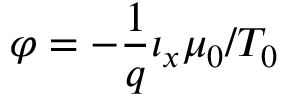
\varphi = - \frac 1 q \iota _ { x } \mu _ { 0 } / T _ { 0 }